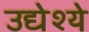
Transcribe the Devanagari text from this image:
उद्येश्ये